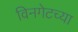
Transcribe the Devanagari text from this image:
विनगेटच्या